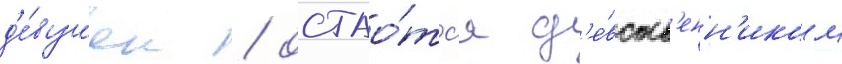
д'е́вушек / остао́тс'я д'е́вств'енн'иком